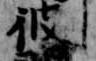
彼